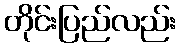
တိုင်းပြည်လည်း